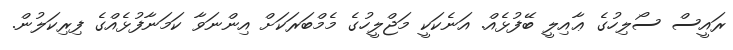
ރައީސް ސޯލިހުގެ ޢާއިލީ ބޭފުޅެއް. އަނެކަކީ މަޖްލީހުގެ މެމްބަރަކަށް އިންނަވާ ކަމަނާފުޅެއްގެ ފިރިކަލުން.